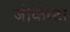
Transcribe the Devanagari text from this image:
जोकॅस्टा